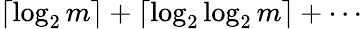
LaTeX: \left\lceil\log_{2}m\right\rceil+\left\lceil\log_{2}\log_{2}m\right\rceil+\cdots